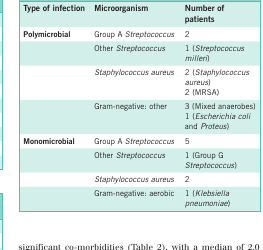
<table><thead><tr><td><b>Type of infection</b></td><td><b>Microorganism</b></td><td><b>Number of patients</b></td></tr></thead><tbody><tr><td><b>Polymicrobial</b></td><td>Group A <i>Streptococcus</i></td><td>2</td></tr><tr><td> </td><td>Other <i>Streptococcus</i></td><td>1 (<i>Streptococcus milleri</i>)</td></tr><tr><td> </td><td><i>Staphylococcus aureus</i></td><td>2 (<i>Staphylococcus aureus</i>)2 (MRSA)</td></tr><tr><td> </td><td>Gram-negative: other</td><td>3 (Mixed anaerobes)1 (<i>Escherichia coli</i> and <i>Proteus</i>)</td></tr><tr><td><b>Monomicrobial</b></td><td>Group A <i>Streptococcus</i></td><td>5</td></tr><tr><td> </td><td>Other <i>Streptococcus</i></td><td>1 (Group G <i>Streptococcus</i>)</td></tr><tr><td> </td><td><i>Staphylococcus aureus</i></td><td>2</td></tr><tr><td> </td><td>Gram-negative: aerobic</td><td>1 (<i>Klebsiella pneumoniae</i>)</td></tr></tbody></table>